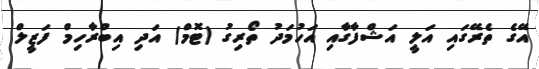
އޭގެ ތެރޭގައި އަލީ އަޝްފާގާއި އަހުމަދު ތޯރިގު (ޓޮމް) އަދި އިބްރާހިމް ފަޒީލް